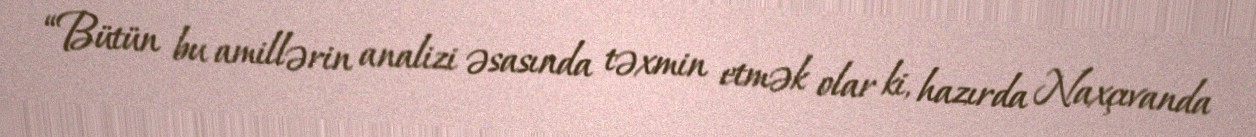
“Bütün bu amillərin analizi əsasında təxmin etmək olar ki, hazırda Naxçıvanda